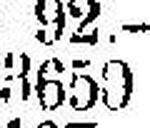
3650